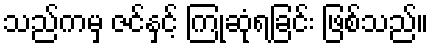
သည်ကမှ ဇင်နှင့် ကြုံဆုံရခြင်း ဖြစ်သည်။